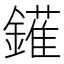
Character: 𨬶